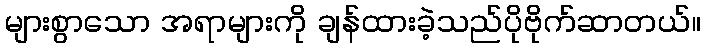
များစွာသော အရာများကို ချန်ထားခဲ့သည်ပိုဗိုက်ဆာတယ်။